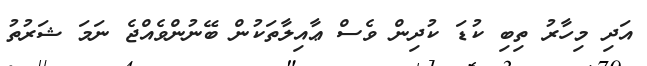
އަދި މިހާރު ތިބި ކުޑަ ކުދިން ވެސް ޢާއިލާތަކުން ބޭނުންވެއްޖެ ނަމަ ޝަރުތު